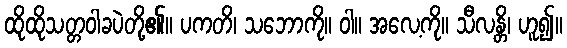
ထိုထိုသတ္တဝါခပဲတို့၏။ ပကတိ၊ သဘောကို။ ဝါ။ အလေ့ကို။ သီလန္တိ၊ ဟူ၍။